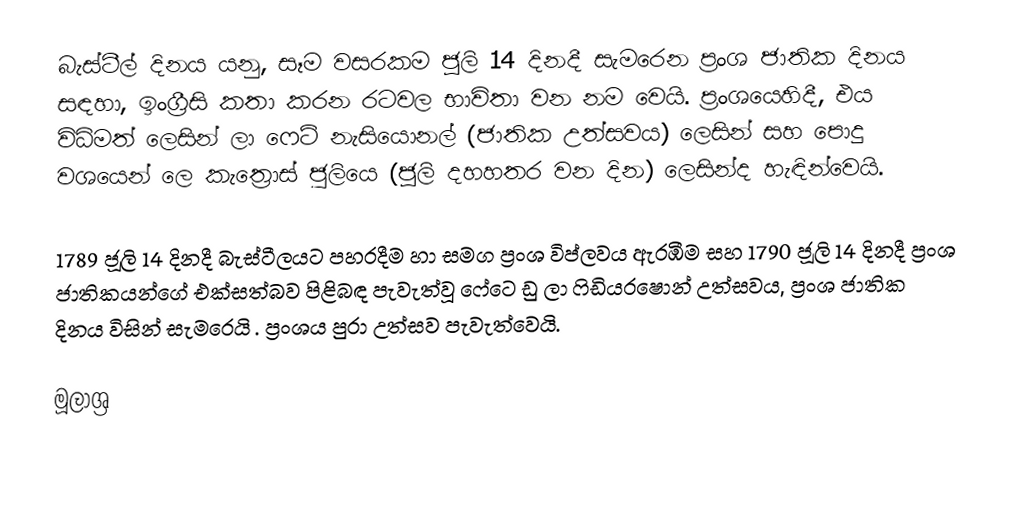
බැස්ටීල් දිනය යනු,  සෑම වසරකම ජූලි 14 දිනදී සැමරෙන ප්‍රංශ ජාතික දිනය සඳහා, ඉංග්‍රීසි කතා කරන රටවල භාවිතා වන නම වෙයි. ප්‍රංශයෙහිදී, එය විධිමත් ලෙසින්  ලා ෆෙට් නැසියොනල් (ජාතික උත්සවය) ලෙසින් සහ පොදු වශයෙන් ලෙ කැත්‍රොස් ජුලියෙ (ජූලි දහහතර වන දින) ලෙසින්ද හැඳින්වෙයි.

1789 ජූලි 14 දිනදී බැස්ටීලයට පහරදීම හා සමග ප්‍රංශ විප්ලවය ඇරඹීම සහ 1790 ජූලි 14 දිනදී ප්‍රංශ ජාතිකයන්ගේ එක්සත්බව පිළිබඳ පැවැත්වූ  ෆේටෙ ඩු ලා ෆිඩියරෂොන් උත්සවය,  ප්‍රංශ ජාතික දිනය විසින් සැමරෙයි . ප්‍රංශය පුරා උත්සව පැවැත්වෙයි.

මූලාශ්‍ර